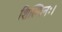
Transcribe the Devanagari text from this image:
शिल्पिनः।